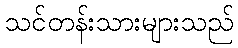
သင်တန်းသားများသည်